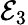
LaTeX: \mathcal{E}_{3}